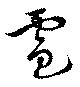
雹